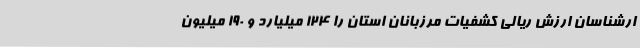
ارشناسان ارزش ریالی کشفیات مرزبانان استان را 124 میلیارد و 190 میلیون